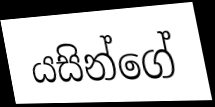
යසින්ගේ